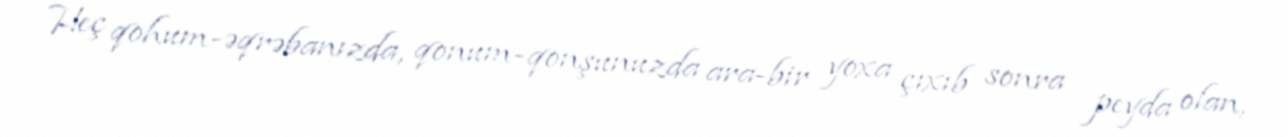
Heç qohum-əqrəbanızda, qonum-qonşunuzda ara-bir yoxa çıxıb sonra peyda olan,